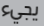
يجيء